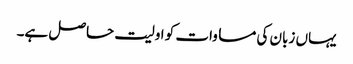
یہاں زبان کی مساوات کو اولیت حاصل ہے۔